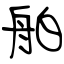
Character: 舶